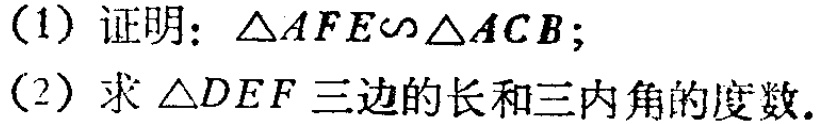
(1) 证明：$\triangle AFE\sim\triangle ACB$；
(2) 求$\triangle DEF$三边的长和三内角的度数.